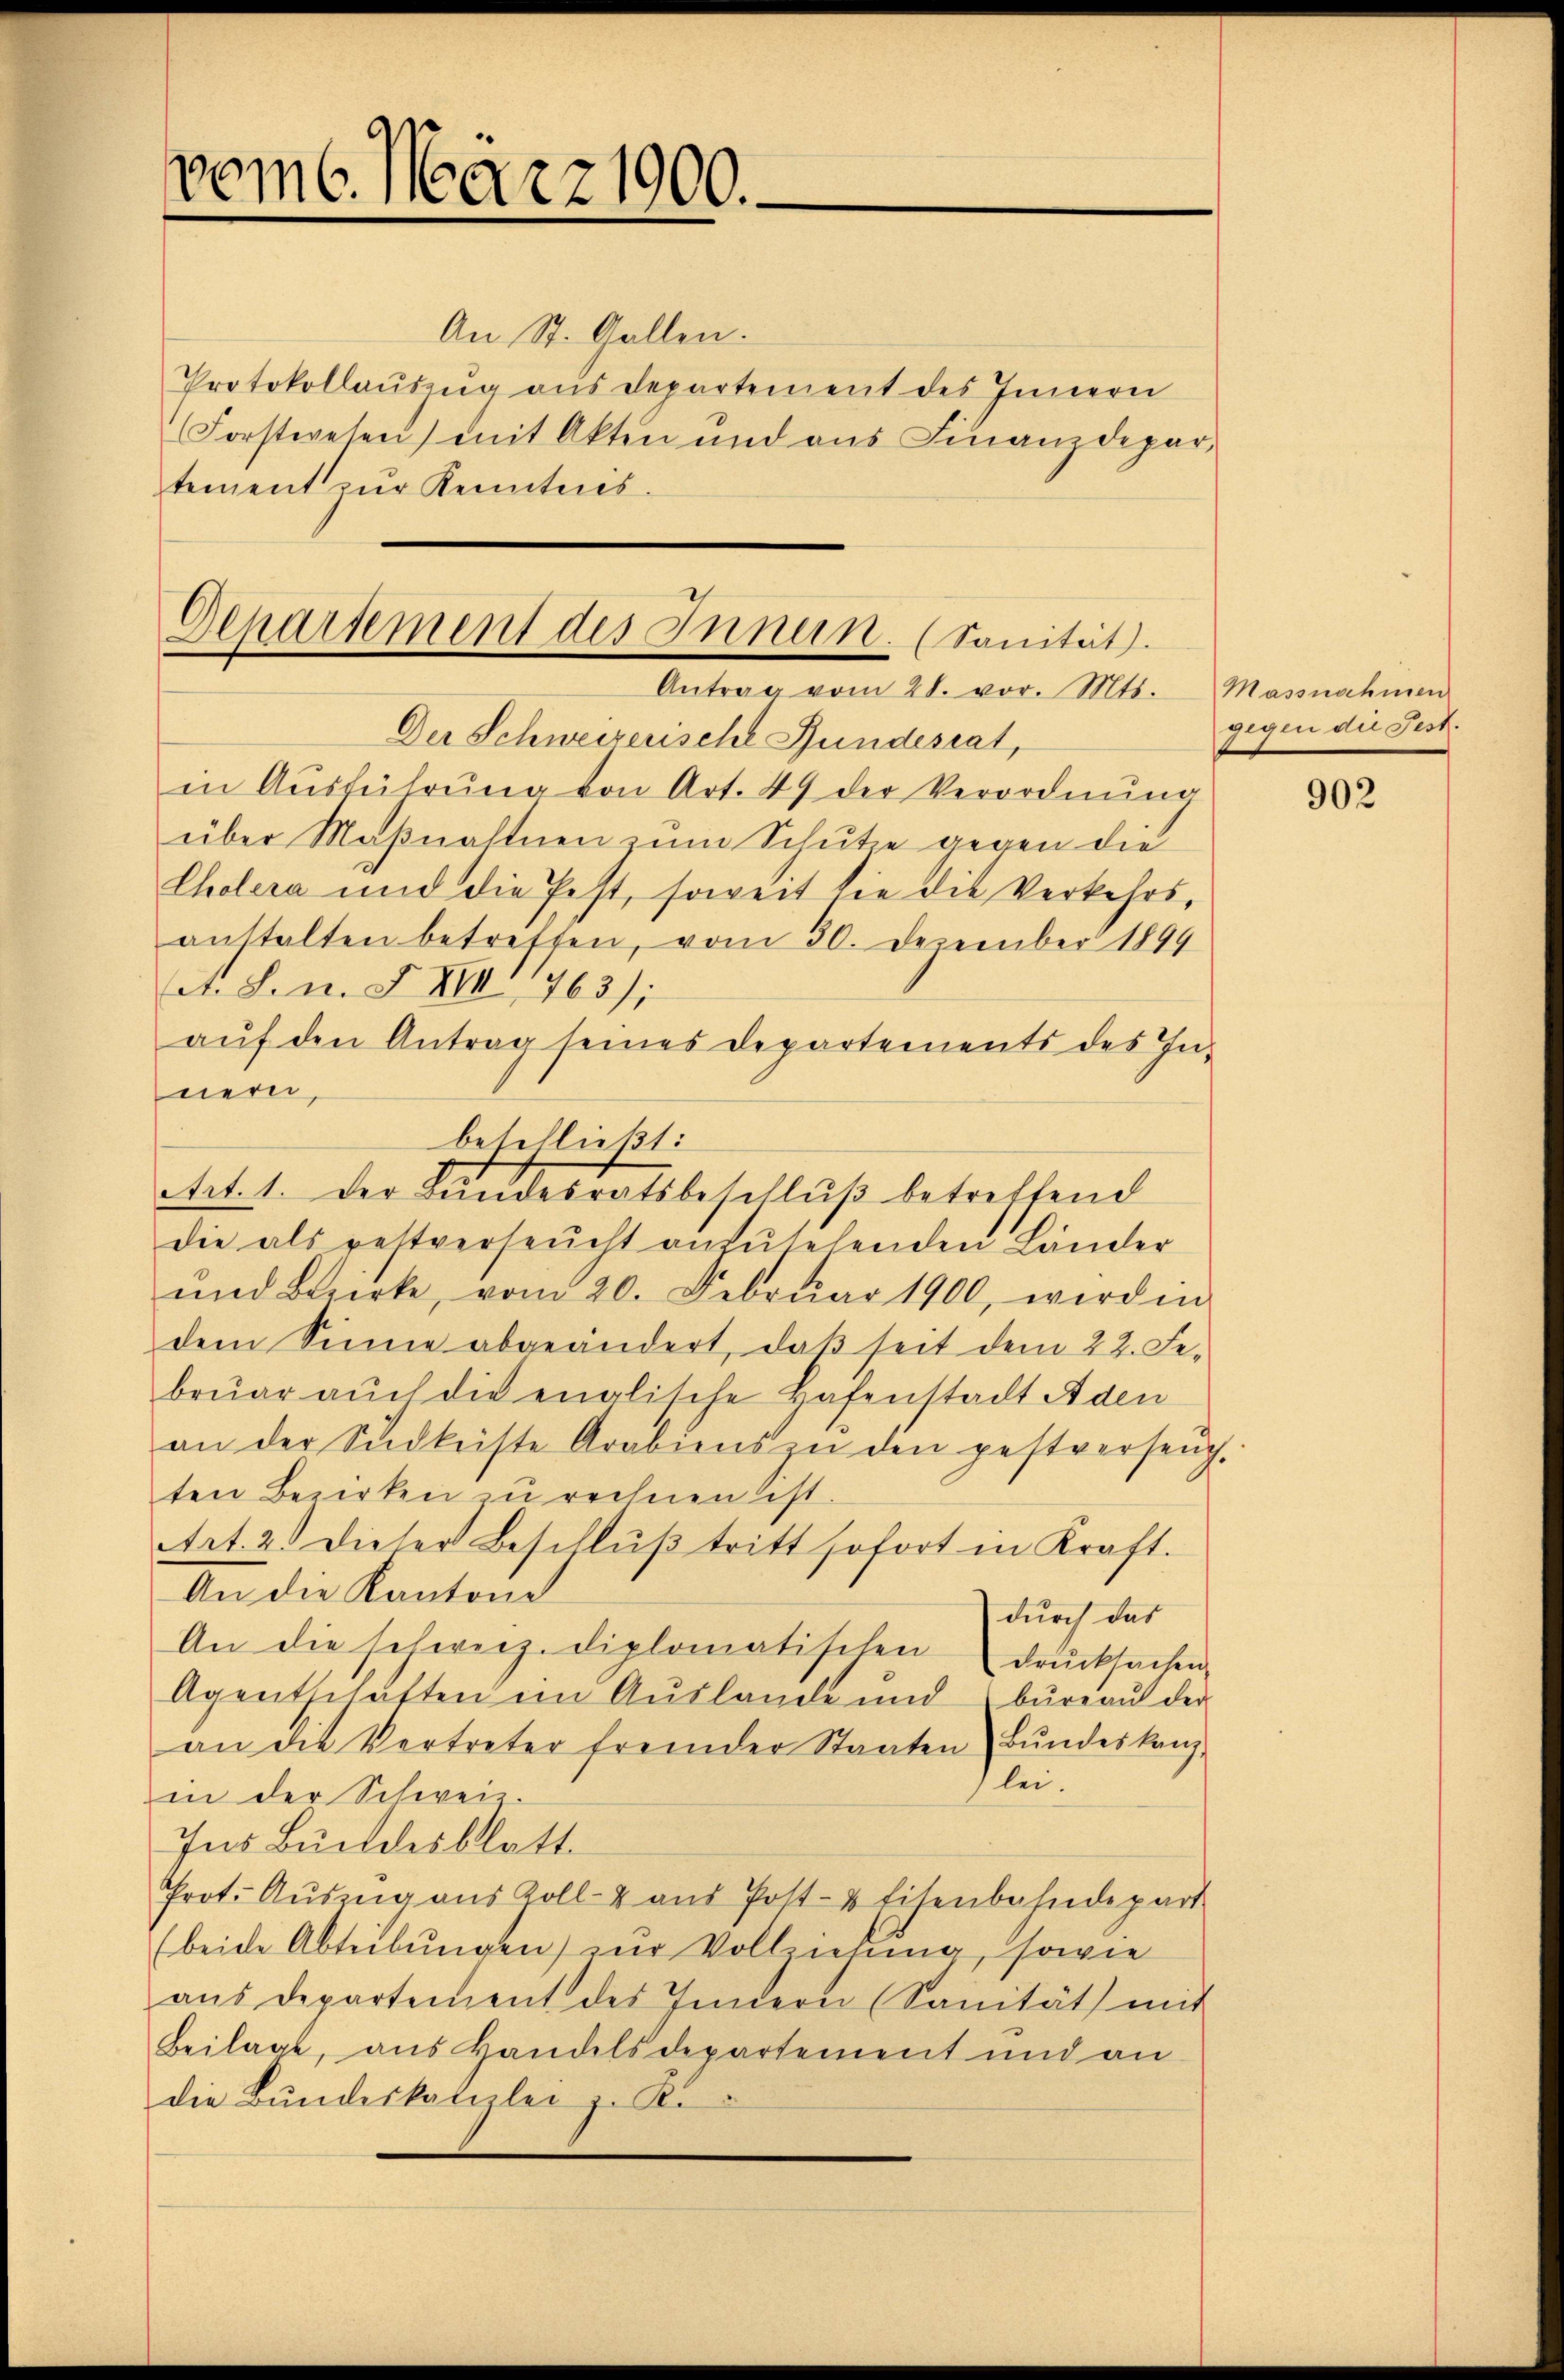
vom 6. März 1900.

An St. Gallen.
Protokollauszug aus Departement des Innern
Forstwesen) mit Akten und aus Finanzdepar-
tement zur Kenntnis.

Departement des Innern. (Sanität.
Antrag vom 28. vor. Mts. Massnahmen

Der Schweizerische Bundesrat,
in Ausführŭng von Art. 49 der Verordnung
über Maßnahlnen zum Schutze gegen die
Cholera und die Pest, soweit sie die Verkehrs,
anstalten betreffen, vom 30. Dezember 1899
tet. S. n. F. XIII 763);
auf den Antrag seines Departements des Innern,
die als pestverseucht anzŭsehenden Länder
und Bezirke, vom 20. Febrŭar 1900, wird in
dem Sinne abgeändert, daβ seit dem 22. Fe
bruar auch die englische Hafenstadt Aden
an der Sidleiste Arabiens zŭ den pestverseŭg.
ten Bezirken zu rechnen ist.
Art. 2. dieser Beschlŭβ tritt sofort in Kraft.
An die Kantone
durch das
An die schweiz. diplomatischen drucksachen
Agentschaften im Auslande und büreaŭ der
an die Vertreter fremder Staaten Bŭndeskanz-
lei.
in der Schweiz.
Ins Bundesblatt.
Prot. Aŭszŭg aŭs Zoll- u aŭs Post- & Eisenbahndepart
(beide Abteilungen) zur Vollziehung, sowie
aŭs departement des Indern (Sanität mit
Beilage, aus Handelsdepartement und an
die Bundeskanzlei z. K.

beschließt:
Art. 1. Der Bundesratsbeschluß betreffend

gegen die Fest.

902